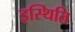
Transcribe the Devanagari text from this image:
इस्थिति